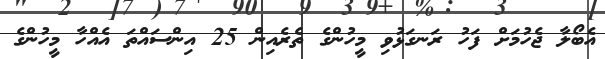
އެބޯލާ ޖެހުމަށް ފަހު ރަނގަޅުވި މީހުންގެ ތެރެއިން 25 އިންސައްތަ އެއްހާ މީހުންގެ